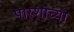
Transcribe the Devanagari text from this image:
पारशाच्या